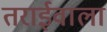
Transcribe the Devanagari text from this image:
तराईवाला